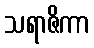
သရာဇိကာ